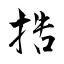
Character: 捁